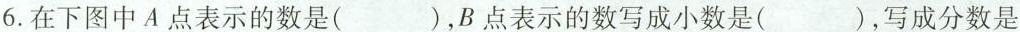
6.在下图中A点表示的数是( )，B点表示的数写成小数是( )，写成分数是